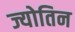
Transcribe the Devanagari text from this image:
ज्योतिन